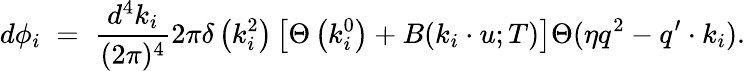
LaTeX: d\phi_{i}\; =\; {\frac{d^{4}k_{i}}{(2\pi)^{4}}}2\pi\delta\left(k_{i}^{2}\right)\left[\Theta\left(k_{i}^{0}\right)+B(k_{i}\cdot u;T)\right]\Theta(\eta q^{2}-q^{\prime}\cdot k_{i}).